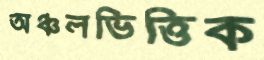
অঞ্চলভিত্তিক